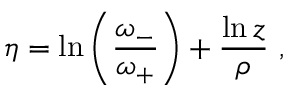
\eta = \ln \left( \frac { \omega _ { - } } { \omega _ { + } } \right) + \frac { \ln z } { \rho } \ ,